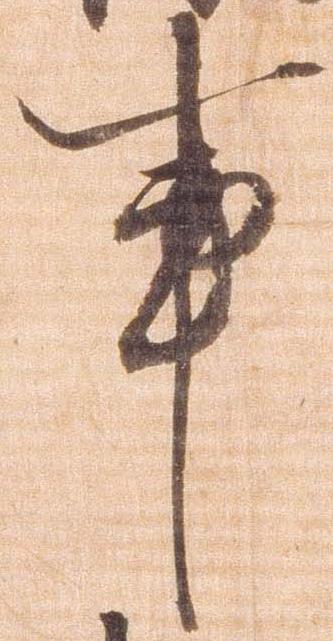
事